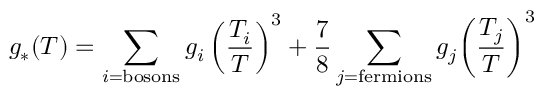
g _ { * } ( T ) = \sum _ { i = \mathrm { b o s o n s } } g _ { i } \left( { \frac { T _ { i } } { T } } \right) ^ { 3 } + { \frac { 7 } { 8 } } \sum _ { j = \mathrm { f e r m i o n s } } g _ { j } { \left( { \frac { T _ { j } } { T } } \right) } ^ { 3 }